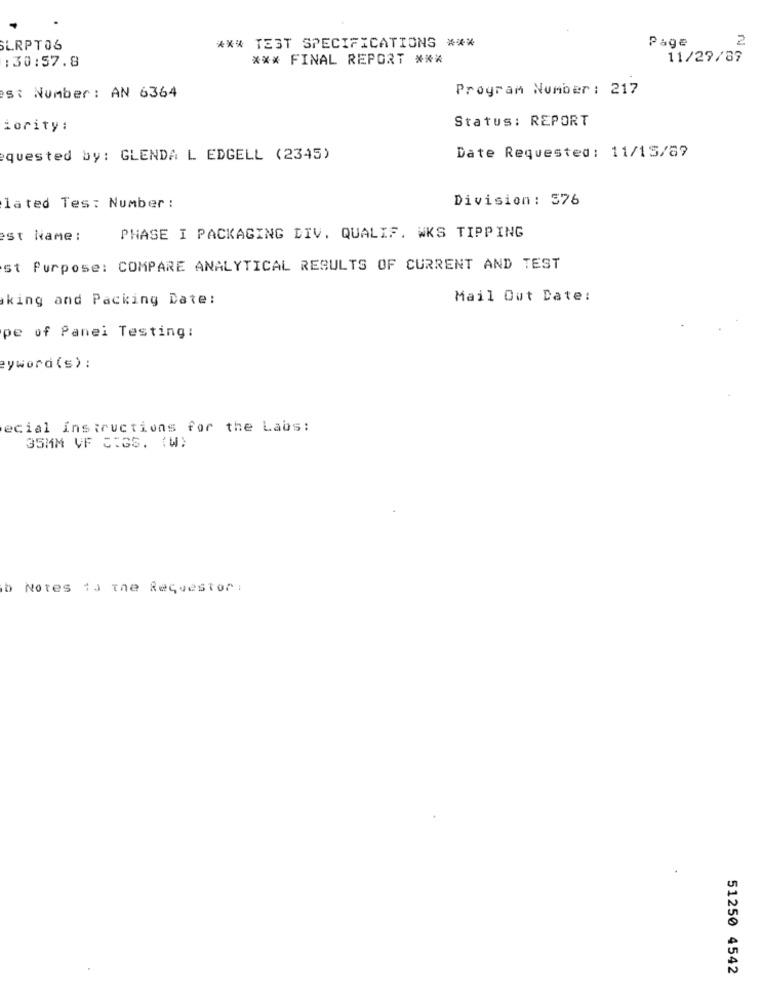
Page
2
SLRPT06
*** TEST SPECIFICATIONS ***
:30:57.8
*** FINAL REPORT ***
11/29/89
Program Number : 217
St Number : AN 6364
Status: REPORT
:ority :
quested by: GLENDA L EDGELL (2345)
Date Requested: 11/15/87
Division : 576
lated Tes: Number :
est Name :
PHASE I PACKAGING DIV. QUALIF. WKS TIPPING
st Purpose: COMPARE ANALYTICAL RESULTS OF CURRENT AND TEST
king and Packing Date:
Mail Out Date:
pe of Panel Testing:
eyword (s) :
ecial Instructions for the Labs:
35MM VF C:GS. (W)
b Notes 13 the Requestor:
51250 4542